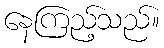
နေကြည့်သည်။